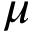
\mu